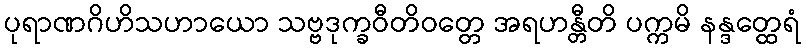
ပုရာဏဂိဟိသဟာယော သဗ္ဗဒုက္ခဝီတိဝတ္တေ အရဟန္တီတိ ပက္ကမိ နန္ဒတ္ထေရံ